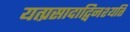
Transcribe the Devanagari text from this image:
यत्प्रसादाद्विनश्यति